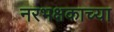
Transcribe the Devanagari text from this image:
नरभक्षकाच्या